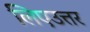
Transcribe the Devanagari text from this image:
लिएउत्तर